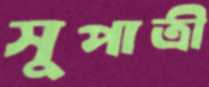
সুপাত্রী